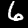
Digit: 6